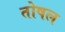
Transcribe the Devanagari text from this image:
तोषल